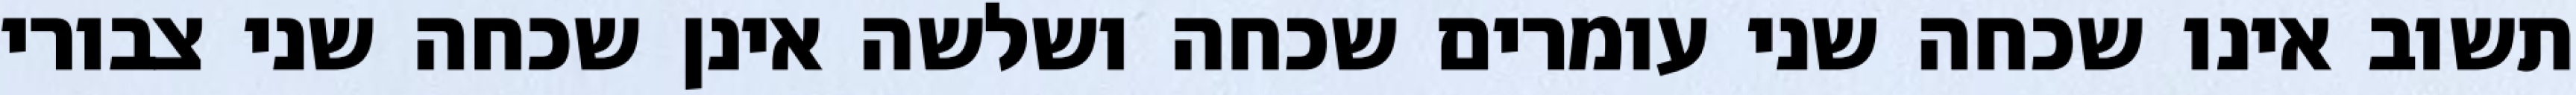
תשוב אינו שכחה שני עומרים שכחה ושלשה אינן שכחה שני צבורי